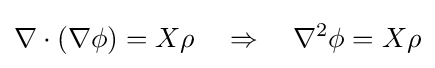
\nabla \cdot (\nabla \phi )=X\rho \quad \Rightarrow \quad \nabla ^{2}\phi =X\rho